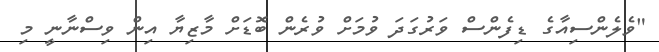
"ވެލެންސިއާގެ ޑިފެންސް ވަރުގަދަ ވުމަށް ވުރެން ބޮޑަށް މާޒިޔާ އިން ވިސްނާނީ މި